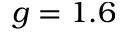
g = 1 . 6